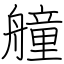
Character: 艟